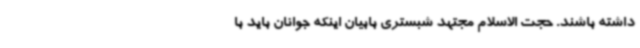
داشته باشند. حجت الاسلام مجتهد شبستری بابیان اینکه جوانان باید با